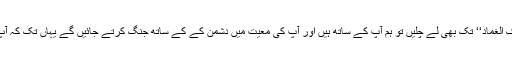
اگر آپ ہمیں ’’برک الغماد‘‘ تک بھی لے چلیں تو ہم آپ کے ساتھ ہیں اور آپ کی معیت میں دشمن کے کے ساتھ جنگ کرتے جائیں گے یہاں تک کہ آپ وہاں پہنچ جائیں۔